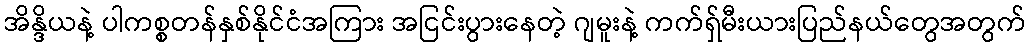
အိန္ဒိယနဲ့ ပါကစ္စတန်နှစ်နိုင်ငံအကြား အငြင်းပွားနေတဲ့ ဂျမူးနဲ့ ကက်ရှ်မီးယားပြည်နယ်တွေအတွက်